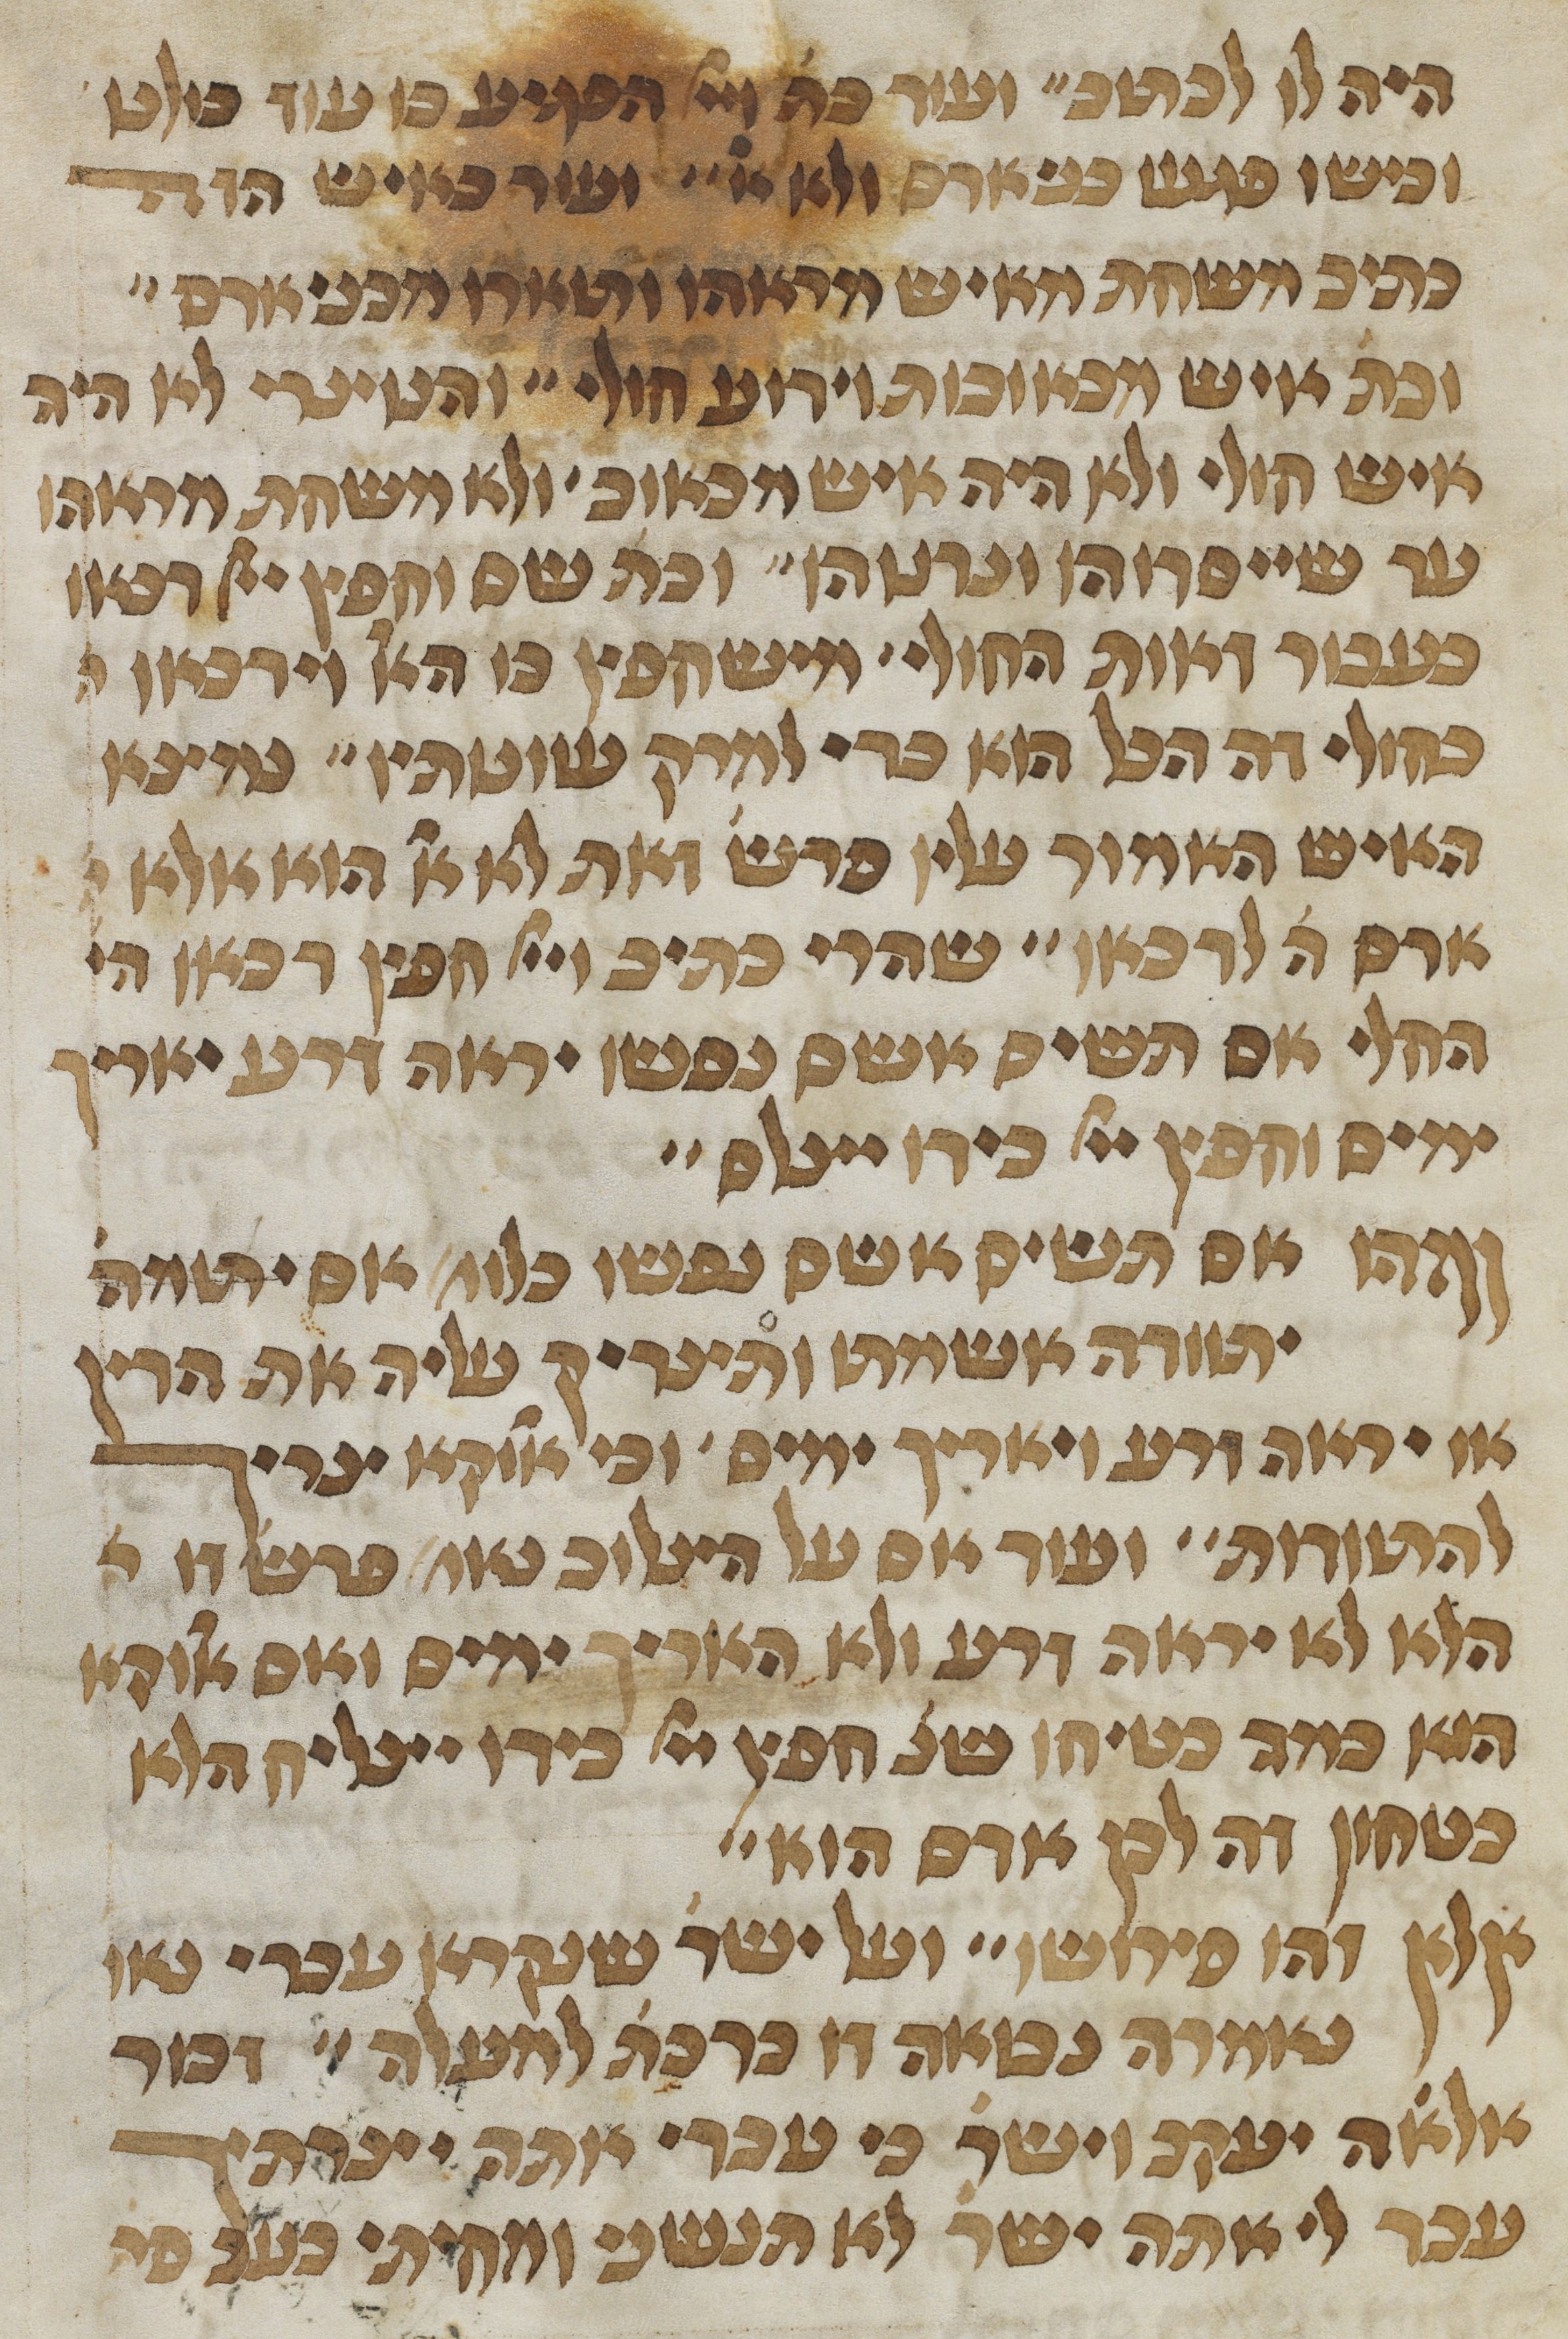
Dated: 1450–1499